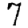
Digit: 7